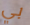
بي